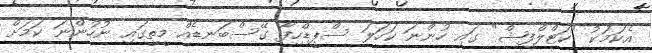
އެކަމަކު "ކަޓްލްފިޝް" ގައި ހުންނަ ކަހަލަ ސްޕީޑްހިފާ ގޭސްބަނޑެއް މީތީގައި ނުހުންނަ ކަމަށް